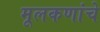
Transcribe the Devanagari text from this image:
मूलकणांचे